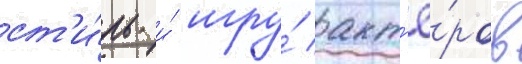
ст'и́ль и́ игру́ акт'ё́ров